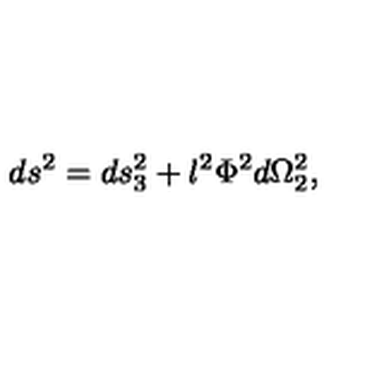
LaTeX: d s ^ { 2 } = d s _ { 3 } ^ { 2 } + l ^ { 2 } \Phi ^ { 2 } d \Omega _ { 2 } ^ { 2 } ,